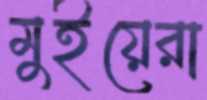
মুইয়েরা